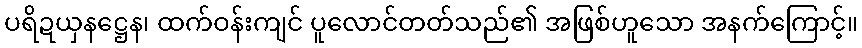
ပရိဍယှနဋ္ဌေန၊ ထက်ဝန်းကျင် ပူလောင်တတ်သည်၏ အဖြစ်ဟူသော အနက်ကြောင့်။